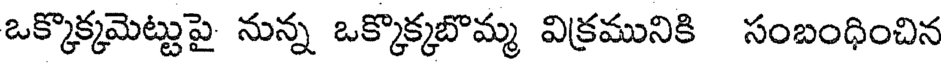
ఒక్కొక్కమెట్టుపై నున్న ఒక్కొక్కబొమ్మ విక్రమునికి సంబంధించిన